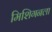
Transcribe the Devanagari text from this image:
मिशिगनला